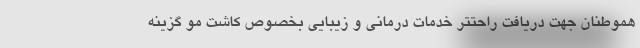
هموطنان جهت دریافت راحتتر خدمات درمانی و زیبایی بخصوص کاشت مو گزینه‌